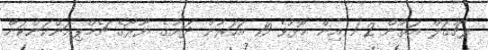
ޕޯޗުގަލް އަތުން 2-1 އިން މޮޅުވެ 19 އަހަރުން ދަށުގެ ޔޫރޯގެ ޗެމްޕިއަންކަންކަން